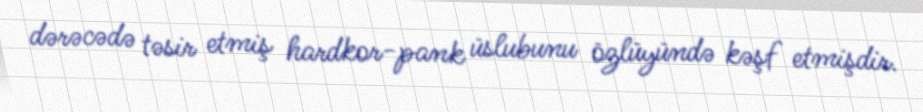
dərəcədə təsir etmiş hardkor-pank üslubunu özlüyündə kəşf etmişdir.